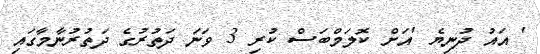
' އައު ދުނިޔެ 'އަށް ކޮލަމްބަސް ކުރި 3 ވަނަ ދަތުރުގެ ދަތުރުނާމާގައި